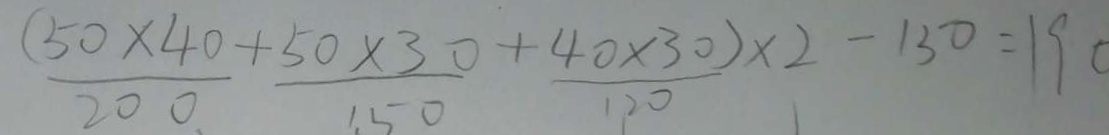
\frac { ( 5 0 \times 4 0 ) } { 2 0 0 } + \frac { 5 0 \times 3 0 } { 1 5 0 } + \frac { 4 0 \times 3 0 } { 1 2 0 } \times 2 - 1 5 0 = 1 9 0